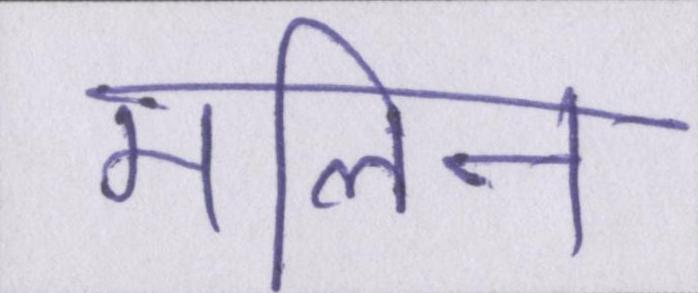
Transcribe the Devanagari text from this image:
मलिन